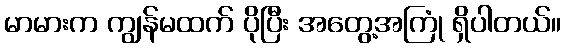
မာမားက ကျွန်မထက် ပိုပြီး အတွေ့အကြုံ ရှိပါတယ်။